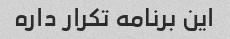
این برنامه تکرار داره